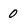
Character: 0